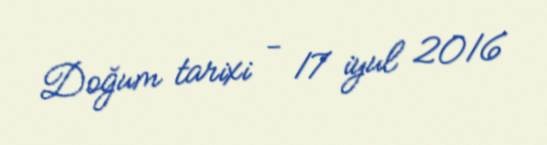
Doğum tarixi - 17 iyul 2016